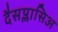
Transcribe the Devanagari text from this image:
दैसप्लासिअ